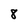
Character: 8